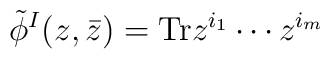
\tilde{\phi}^I(z,\bar{z}) = {\rm Tr} z^{i_1} \cdots z^{i_m}